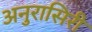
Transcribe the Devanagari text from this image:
अनुरासिरी